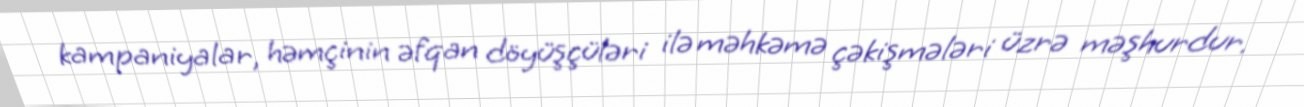
kampaniyalar, həmçinin əfqan döyüşçüləri ilə məhkəmə çəkişmələri üzrə məşhurdur.